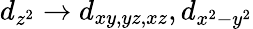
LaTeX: d_{z^{2}}\rightarrow d_{xy,yz,xz},d_{x^{2}-y^{2}}